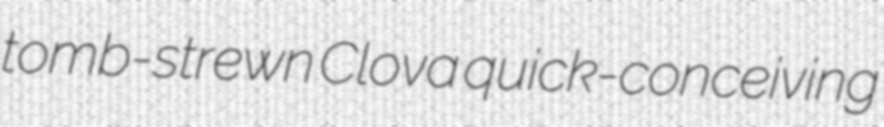
tomb-strewn Clova quick-conceiving